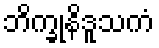
ဘိက္ခုနိဒူသကံ